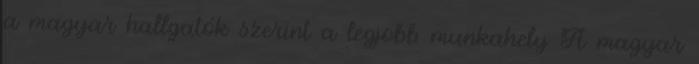
a magyar hallgatók szerint a legjobb munkahely A magyar